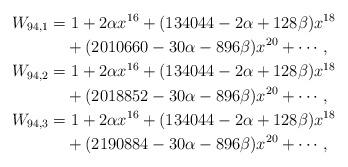
LaTeX: \begin{align*} W_{94,1}&=1+2\alpha x^{16}+(134044-2\alpha+128\beta)x^{18}\\&\quad+(2010660-30\alpha-896\beta)x^{20}+\cdots,\\ W_{94,2}&=1+2\alpha x^{16}+(134044-2\alpha+128\beta)x^{18}\\&\quad+(2018852-30\alpha-896\beta)x^{20}+\cdots,\\ W_{94,3}&=1+2\alpha x^{16}+(134044-2\alpha+128\beta)x^{18}\\&\quad+(2190884-30\alpha-896\beta)x^{20}+\cdots,\end{align*}